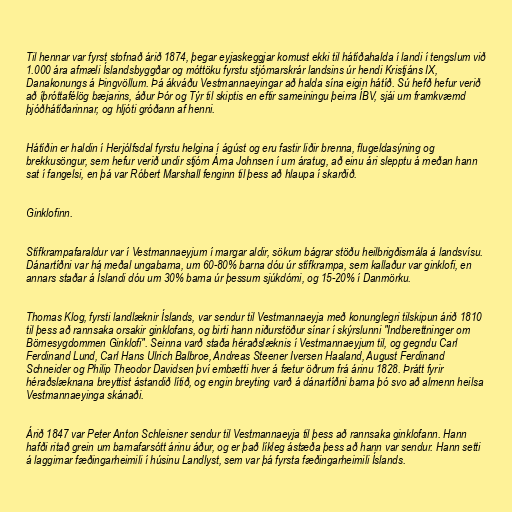
Til hennar var fyrst stofnað árið 1874, þegar eyjaskeggjar komust ekki til hátíðahalda í landi í tengslum við
1.000 ára afmæli Íslandsbyggðar og móttöku fyrstu stjórnarskrár landsins úr hendi Kristjáns IX,
Danakonungs á Þingvöllum. Þá ákváðu Vestmannaeyingar að halda sína eigin hátíð. Sú hefð hefur verið
að íþróttafélög bæjarins, áður Þór og Týr til skiptis en eftir sameiningu þeirra ÍBV, sjái um framkvæmd
þjóðhátíðarinnar, og hljóti gróðann af henni.

Hátíðin er haldin í Herjólfsdal fyrstu helgina í ágúst og eru fastir liðir brenna, flugeldasýning og
brekkusöngur, sem hefur verið undir stjórn Árna Johnsen í um áratug, að einu ári slepptu á meðan hann
sat í fangelsi, en þá var Róbert Marshall fenginn til þess að hlaupa í skarðið.

Ginklofinn.

Stífkrampafaraldur var í Vestmannaeyjum í margar aldir, sökum bágrar stöðu heilbrigðismála á landsvísu.
Dánartíðni var há meðal ungabarna, um 60-80% barna dóu úr stífkrampa, sem kallaður var ginklofi, en
annars staðar á Íslandi dóu um 30% barna úr þessum sjúkdómi, og 15-20% í Danmörku.

Thomas Klog, fyrsti landlæknir Íslands, var sendur til Vestmannaeyja með konunglegri tilskipun árið 1810
til þess að rannsaka orsakir ginklofans, og birti hann niðurstöður sínar í skýrslunni "Indberettninger om
Börnesygdommen Ginklofi". Seinna varð staða héraðslæknis í Vestmannaeyjum til, og gegndu Carl
Ferdinand Lund, Carl Hans Ulrich Balbroe, Andreas Steener Iversen Haaland, August Ferdinand
Schneider og Philip Theodor Davidsen því embætti hver á fætur öðrum frá árinu 1828. Þrátt fyrir
héraðslæknana breyttist ástandið lítið, og engin breyting varð á dánartíðni barna þó svo að almenn heilsa
Vestmannaeyinga skánaði.

Árið 1847 var Peter Anton Schleisner sendur til Vestmannaeyja til þess að rannsaka ginklofann. Hann
hafði ritað grein um barnafarsótt árinu áður, og er það líkleg ástæða þess að hann var sendur. Hann setti
á laggirnar fæðingarheimili í húsinu Landlyst, sem var þá fyrsta fæðingarheimili Íslands.